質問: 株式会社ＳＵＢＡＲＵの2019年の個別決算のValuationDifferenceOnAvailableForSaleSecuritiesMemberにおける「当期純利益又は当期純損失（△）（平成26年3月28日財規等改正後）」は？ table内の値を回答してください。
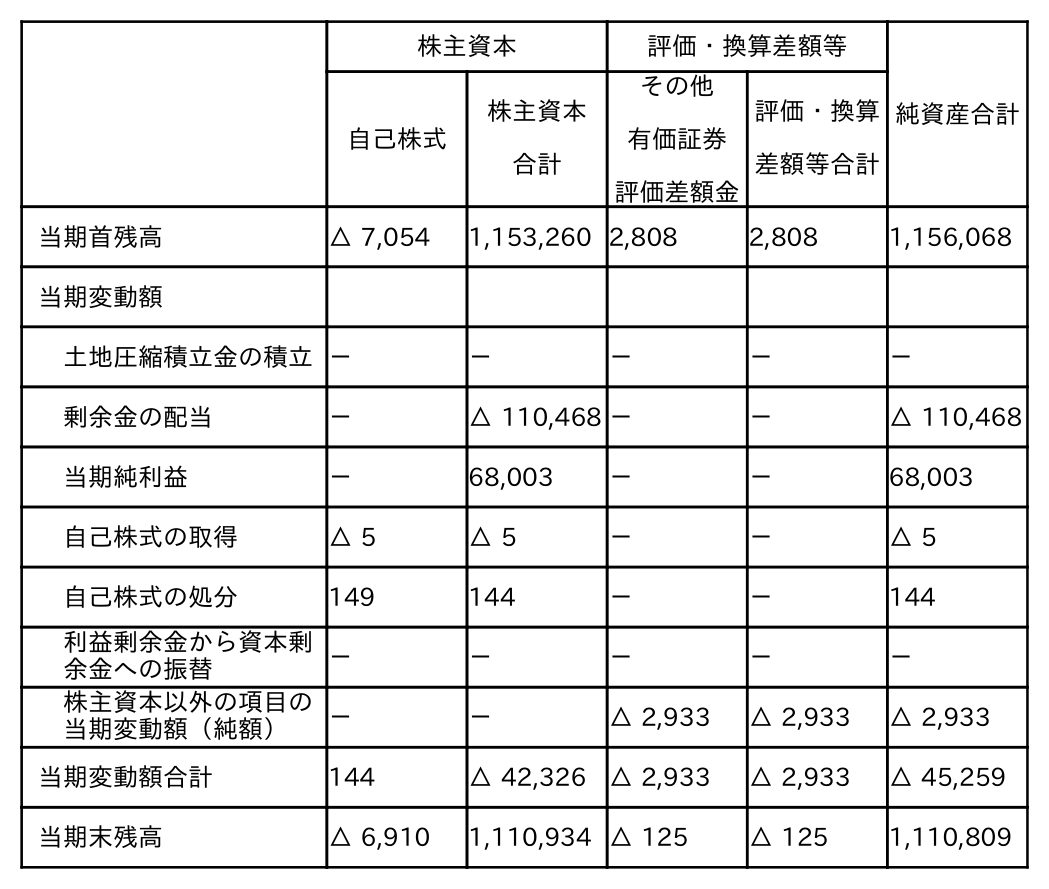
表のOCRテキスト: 株主資本 評価・換算差額等 純資産合計 自己株式 株主資本 合計 その他 有価証券 評価差額金 評価・換算 差額等合計 当期首残高 △ 7,054 1,153,260 2,808 2,808 1,156,068 当期変動額 土地圧縮積立金の積立－ － － － － 剰余金の配当 － △ 110,468 － － △ 110,468 当期純利益 － 68,003 － － 68,003 自己株式の取得 △ 5 △ 5 － － △ 5 自己株式の処分 149 144 － － 144 利益剰余金から資本剰 余金への振替 － － － － － 株主資本以外の項目の 当期変動額（純額） － － △ 2,933 △ 2,933 △ 2,933 当期変動額合計 144 △ 42,326 △ 2,933 △ 2,933 △ 45,259 当期末残高 △ 6,910 1,110,934 △ 125 △ 125 1,110,809
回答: －